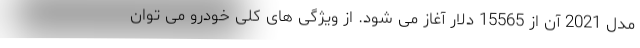
مدل 2021 آن از 15565 دلار آغاز می شود. از ویژگی های کلی خودرو می توان